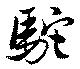
駝